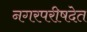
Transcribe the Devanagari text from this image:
नगरपरीषदेत